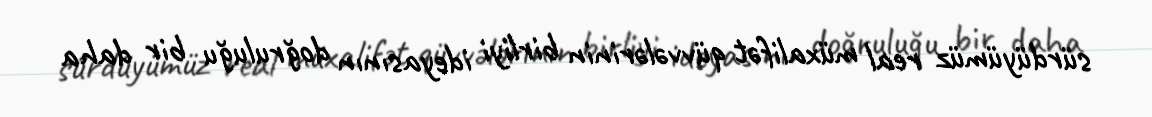
sürdüyümüz real müxalifət qüvvələrinin birliyi ideyasının doğruluğu bir daha